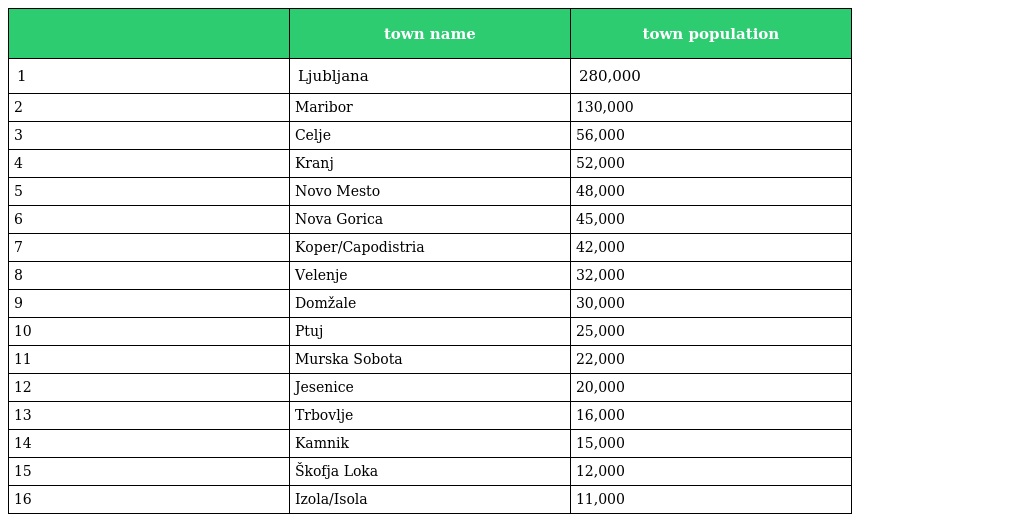
|  | town name | town population |
 | --- | --- | --- |
 | 1 | Ljubljana | 280,000 |
 | 2 | Maribor | 130,000 |
 | 3 | Celje | 56,000 |
 | 4 | Kranj | 52,000 |
 | 5 | Novo Mesto | 48,000 |
 | 6 | Nova Gorica | 45,000 |
 | 7 | Koper/Capodistria | 42,000 |
 | 8 | Velenje | 32,000 |
 | 9 | Domžale | 30,000 |
 | 10 | Ptuj | 25,000 |
 | 11 | Murska Sobota | 22,000 |
 | 12 | Jesenice | 20,000 |
 | 13 | Trbovlje | 16,000 |
 | 14 | Kamnik | 15,000 |
 | 15 | Škofja Loka | 12,000 |
 | 16 | Izola/Isola | 11,000 |